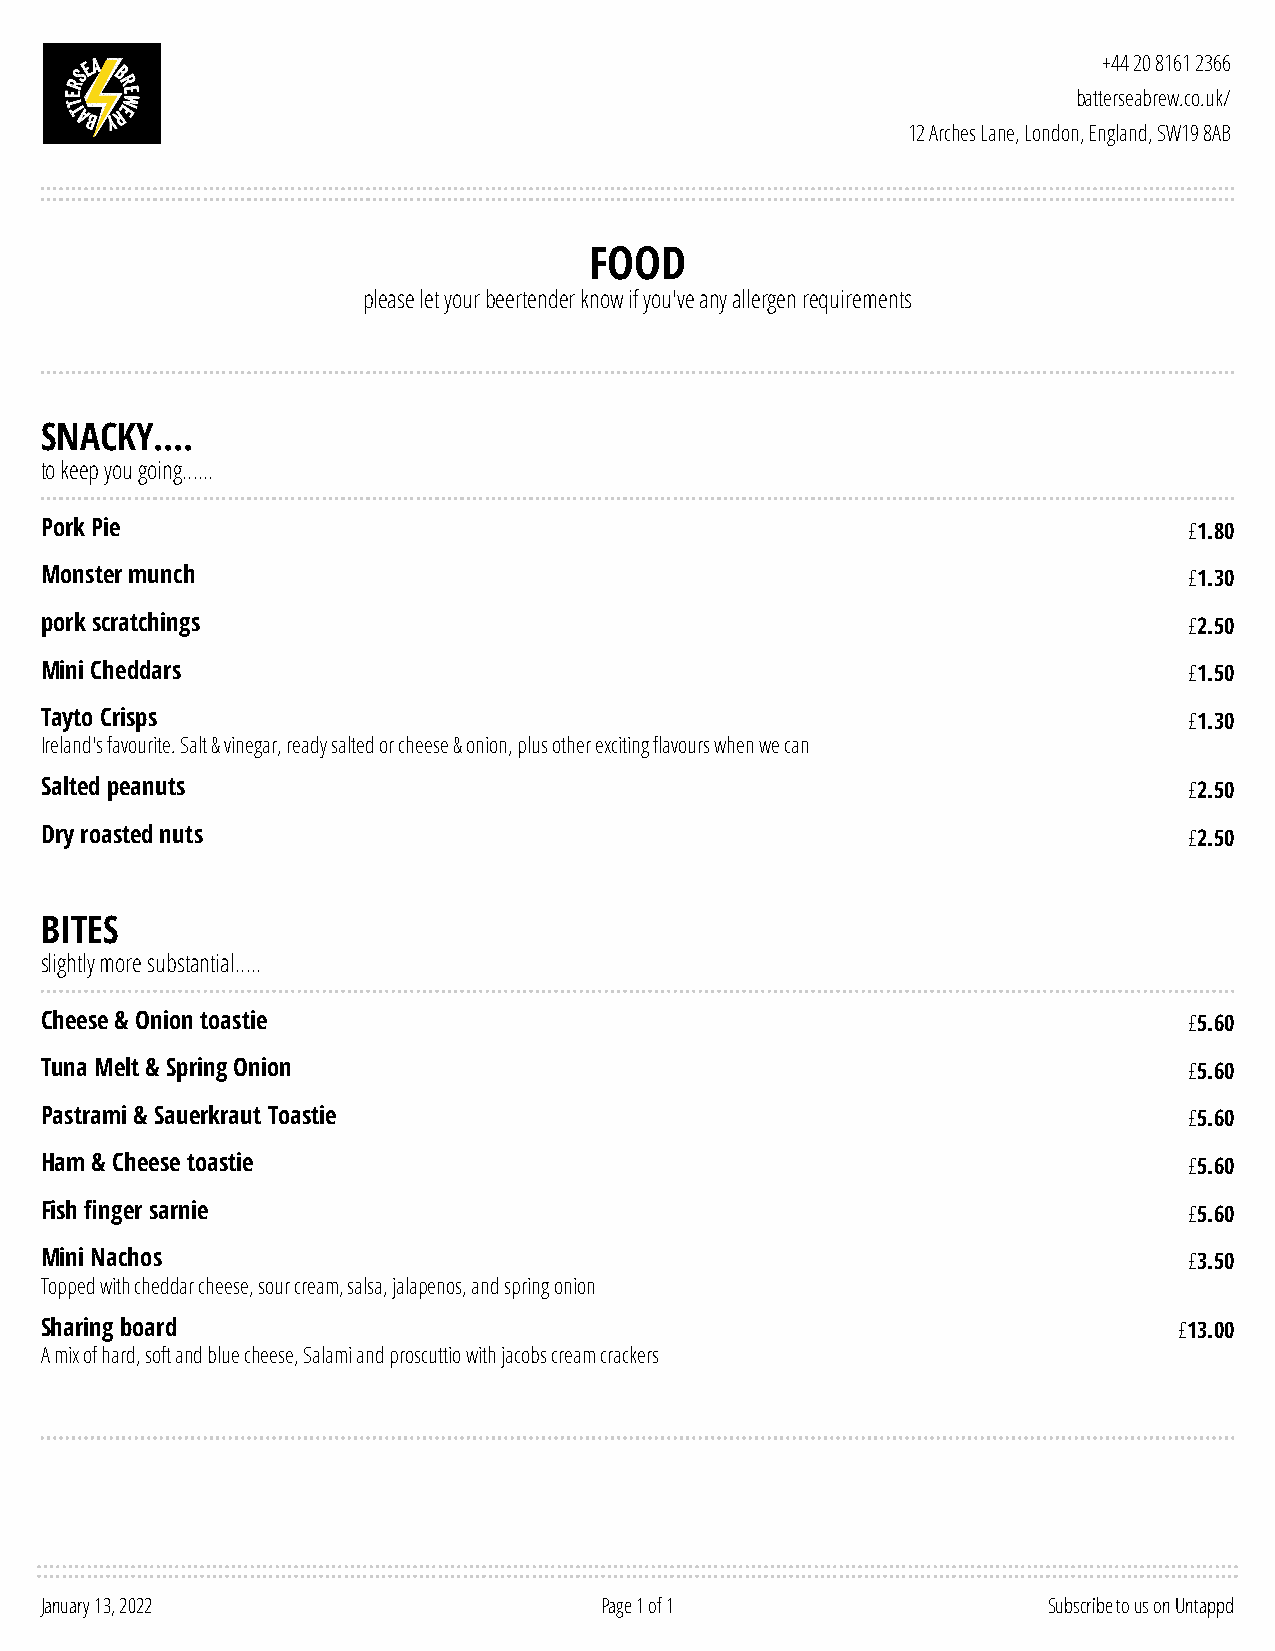
+44 20 8161 2366
 batterseabrew.co.uk/
 12 Arches Lane, London, England, SW19 8AB
 FOOD
 please let your beertender know if you've any allergen requirements
 SNACKY....
 to keep you going......
 Pork Pie                                                                    £1.80
 Monster munch                                                               £1.30
 pork scratchings                                                            £2.50
 Mini Cheddars                                                               £1.50
 Tayto Crisps                                                                £1.30
 Ireland's favourite. Salt & vinegar, ready salted or cheese & onion, plus other exciting flavours when we can
 Salted peanuts                                                              £2.50
 Dry roasted nuts                                                            £2.50
 BITES
 slightly more substantial.....
 Cheese & Onion toastie                                                      £5.60
 Tuna Melt & Spring Onion                                                    £5.60
 Pastrami & Sauerkraut Toastie                                               £5.60
 Ham & Cheese toastie                                                        £5.60
 Fish finger sarnie                                                          £5.60
 Mini Nachos                                                                 £3.50
 Topped with cheddar cheese, sour cream, salsa, jalapenos, and spring onion
 Sharing board                                                              £13.00
 A mix of hard, soft and blue cheese, Salami and proscuttio with jacobs cream crackers
 January 13, 2022                     Page 1 of 1                  Subscribe to us on Untappd